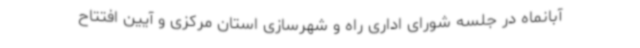
آبانماه در جلسه شورای اداری راه و شهرسازی استان مرکزی و آیین افتتاح